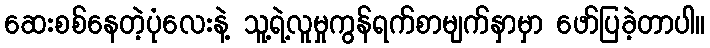
ဆေးစစ်နေတဲ့ပုံလေးနဲ့ သူ့ရဲ့လူမှုကွန်ရက်စာမျက်နှာမှာ ဖော်ပြခဲ့တာပါ။